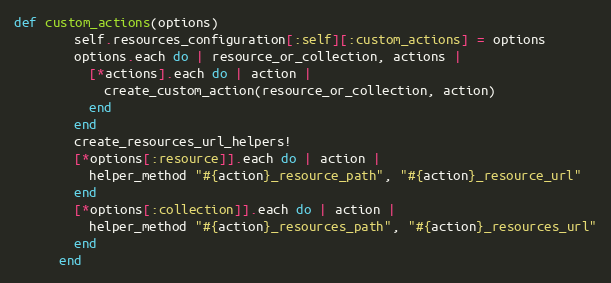
Language: Ruby
def custom_actions(options)
        self.resources_configuration[:self][:custom_actions] = options
        options.each do | resource_or_collection, actions |
          [*actions].each do | action |
            create_custom_action(resource_or_collection, action)
          end
        end
        create_resources_url_helpers!
        [*options[:resource]].each do | action |
          helper_method "#{action}_resource_path", "#{action}_resource_url"
        end
        [*options[:collection]].each do | action |
          helper_method "#{action}_resources_path", "#{action}_resources_url"
        end
      end